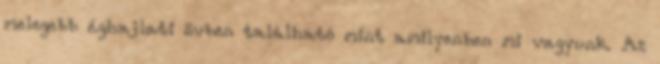
melegebb éghajlati övben található mint amilyenben mi vagyunk. Az